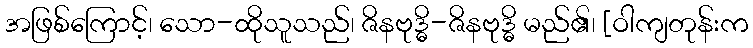
အဖြစ်ကြောင့်၊ သော-ထိုသူသည်၊ ဇိနဗုဒ္ဓိ-ဇိနဗုဒ္ဓိ မည်၏၊ [ဝါကျတုန်းက